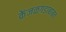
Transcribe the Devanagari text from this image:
केंजळगडाबाबत